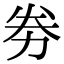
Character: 劵